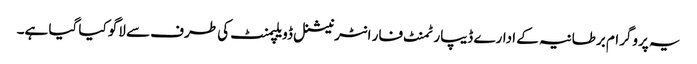
یہ پروگرام برطانیہ کے ادارے ڈیپارٹمنٹ فار انٹرنیشنل ڈویلپمنٹ کی طرف سے لاگو کیا گیا ہے۔